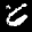
Label: 6